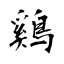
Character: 鷄